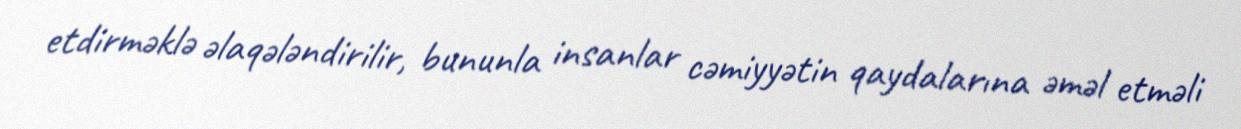
etdirməklə əlaqələndirilir, bununla insanlar cəmiyyətin qaydalarına əməl etməli